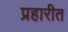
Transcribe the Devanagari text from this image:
प्रहारीत